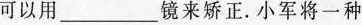
可以用___镜来矫正.小军将一种